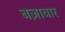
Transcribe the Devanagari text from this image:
बज़ावार